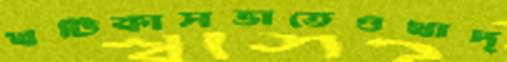
খটিকাসভাতেওখাদ্